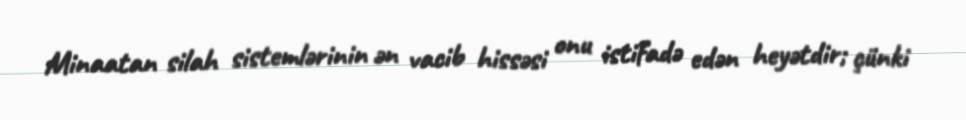
Minaatan silah sistemlərinin ən vacib hissəsi onu istifadə edən heyətdir; çünki